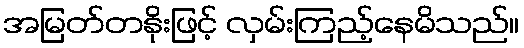
အမြတ်တနိုးဖြင့် လှမ်းကြည့်နေမိသည်။